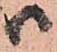
ハ